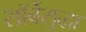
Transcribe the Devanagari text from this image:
सॉर्बेसुद्धा